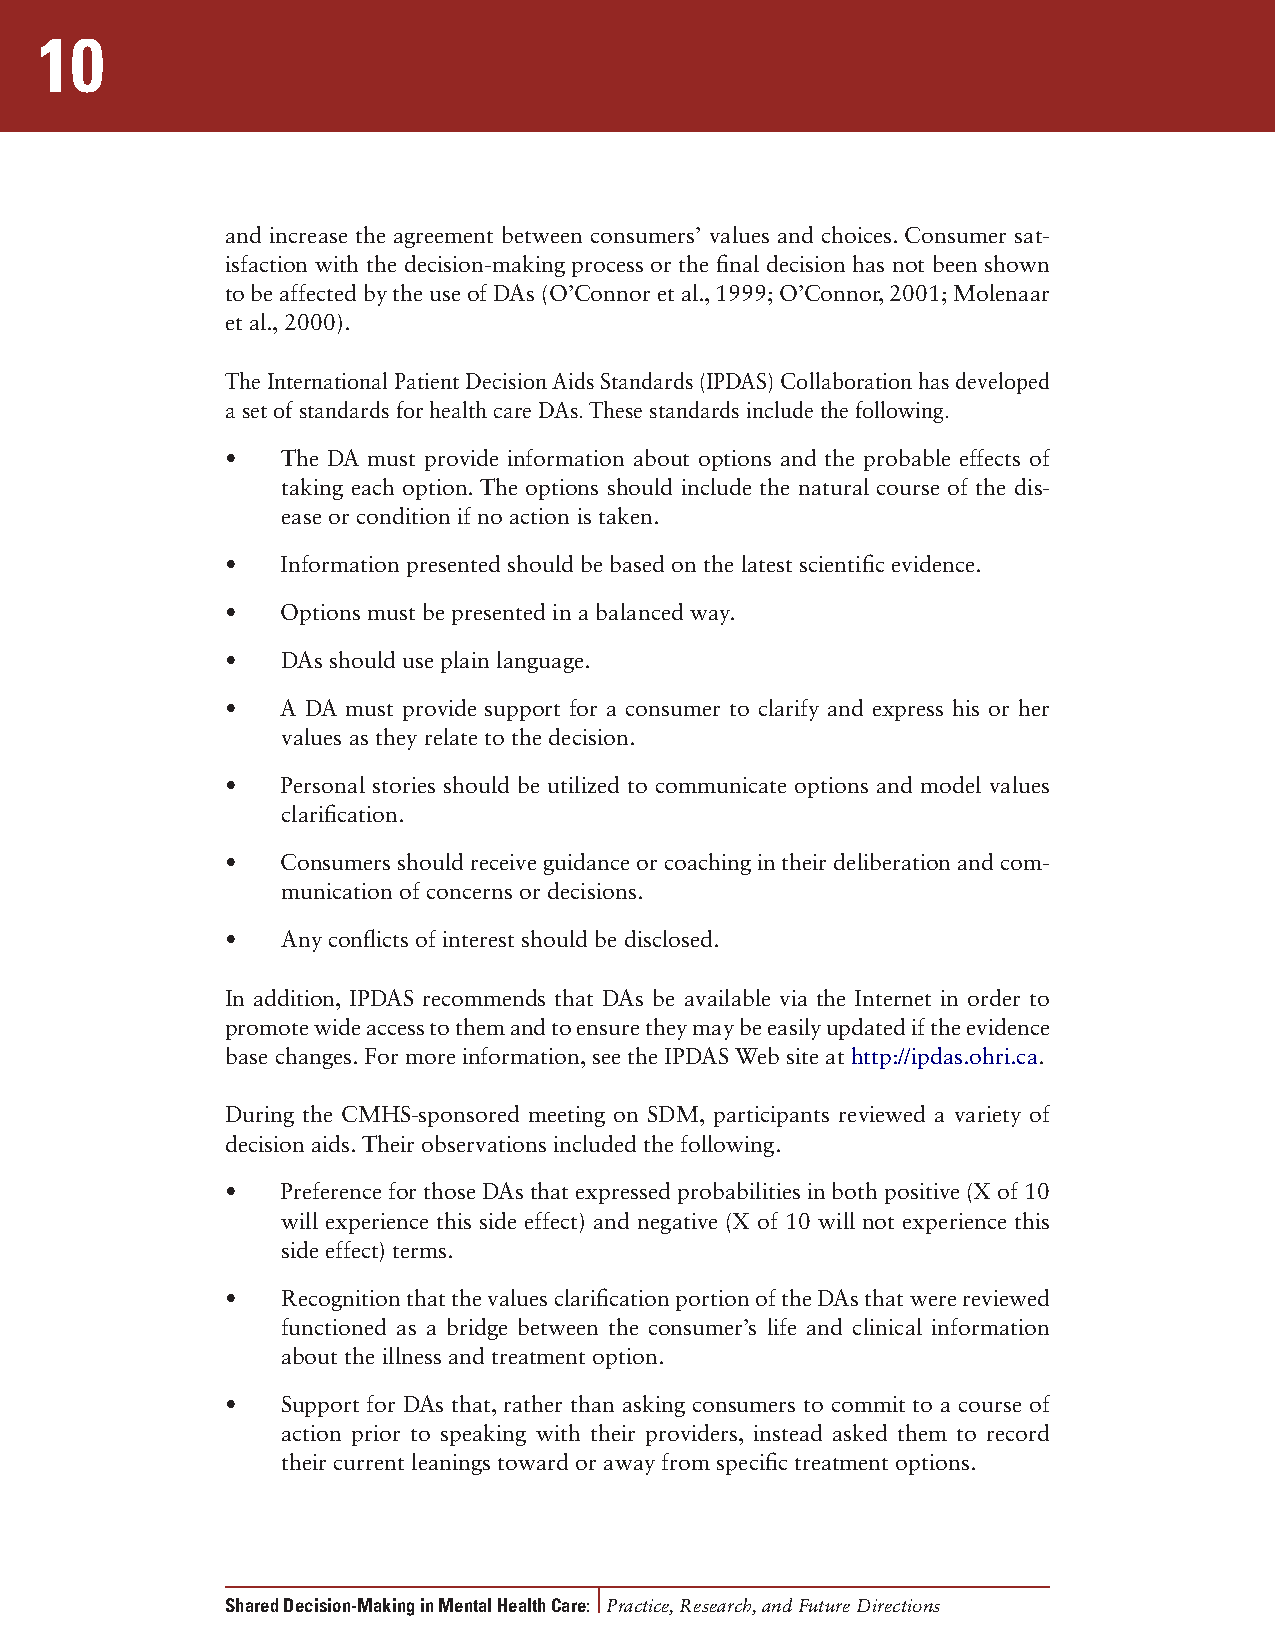
10
 and increase the agreement between consumers’ values and choices. Consumer sat-
 isfaction with the decision-making process or the final decision has not been shown
 to be affected by the use of DAs (O’Connor et al., 1999; O’Connor, 2001; Molenaar
 et al., 2000).
 The International Patient Decision Aids Standards (IPDAS) Collaboration has developed
 a set of standards for health care DAs. These standards include the following.
 •   The DA must provide information about options and the probable effects of
 taking each option. The options should include the natural course of the dis-
 ease or condition if no action is taken.
 •   Information presented should be based on the latest scientific evidence.
 •   Options must be presented in a balanced way.
 •   DAs should use plain language.
 •   A DA must provide support for a consumer to clarify and express his or her
 values as they relate to the decision.
 •   Personal stories should be utilized to communicate options and model values
 clarification.
 •   Consumers should receive guidance or coaching in their deliberation and com-
 munication of concerns or decisions.
 •   Any conflicts of interest should be disclosed.
 In addition, IPDAS recommends that DAs be available via the Internet in order to
 promote wide access to them and to ensure they may be easily updated if the evidence
 base changes. For more information, see the IPDAS Web site at http://ipdas.ohri.ca.
 During the CMHS-sponsored meeting on SDM, participants reviewed a variety of
 decision aids. Their observations included the following.
 •   Preference for those DAs that expressed probabilities in both positive (X of 10
 will experience this side effect) and negative (X of 10 will not experience this
 side effect) terms.
 •   Recognition that the values clarification portion of the DAs that were reviewed
 functioned as a bridge between the consumer’s life and clinical information
 about the illness and treatment option.
 •   Support for DAs that, rather than asking consumers to commit to a course of
 action prior to speaking with their providers, instead asked them to record
 their current leanings toward or away from specific treatment options.
 Shared Decision-Making in Mental Health Care: Practice, Research, and Future Directions